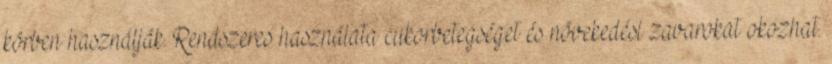
körben használják. Rendszeres használata cukorbetegséget és növekedési zavarokat okozhat.